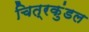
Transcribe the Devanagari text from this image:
चित्रकुंडल